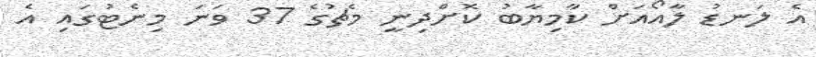
އެ ލަނޑު ލާއޯއަށް ކާމިޔާބު ކޮށްދިނީ މެޗުގެ 37 ވަނަ މިނެޓުގައި އެ